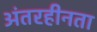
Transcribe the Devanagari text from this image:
अंतरहीनता